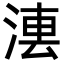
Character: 𣷼